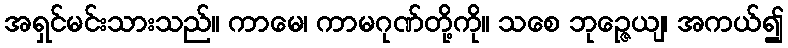
အရှင်မင်းသားသည်။ ကာမေ၊ ကာမဂုဏ်တို့ကို။ သစေ ဘုဉ္ဇေယျ၊ အကယ်၍